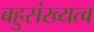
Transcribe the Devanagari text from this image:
बहुसंख्यत्व